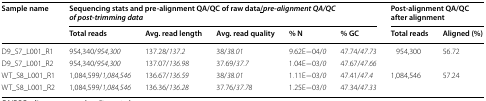
<table><thead><tr><td rowspan="2"><b>Sample name</b></td><td colspan="5"><b>Sequencing stats and pre-alignment QA/QC of raw data<underline>/</underline><i>pre-alignment QA/QC of post-trimming data</i></b></td><td colspan="2"><b>Post-alignment QA/QC after alignment</b></td></tr><tr><td><b>Total reads</b></td><td><b>Avg. read length</b></td><td><b>Avg. read quality</b></td><td><b>% N</b></td><td><b>% GC</b></td><td><b>Total reads</b></td><td><b>Aligned (%)</b></td></tr></thead><tbody><tr><td>D9_S7_L001_R1</td><td>954,340/<i>954,300</i></td><td>137.28/<i>137.2</i></td><td>38/<i>38.01</i></td><td>9.62E−04/<i>0</i></td><td>47.74/<i>47.73</i></td><td rowspan="2">954,300</td><td rowspan="2">56.72</td></tr><tr><td>D9_S7_L001_R2</td><td>954,340/<i>954,300</i></td><td>137.07/<i>136.98</i></td><td>37.69/<i>37.7</i></td><td>1.04E−03/<i>0</i></td><td>47.67/<i>47.66</i></td></tr><tr><td>WT_S8_L001_R1</td><td>1,084,599/<i>1,084,546</i></td><td>136.67/<i>136.59</i></td><td>38/<i>38.01</i></td><td>1.11E−03/<i>0</i></td><td>47.41/<i>47.4</i></td><td rowspan="2">1,084,546</td><td rowspan="2">57.24</td></tr><tr><td>WT_S8_L001_R2</td><td>1,084,599/<i>1,084,546</i></td><td>136.36/<i>136.28</i></td><td>37.76/<i>37.78</i></td><td>1.25E−03/<i>0</i></td><td>47.34/<i>47.33</i></td></tr></tbody></table>